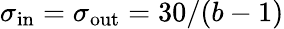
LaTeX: \sigma_{\mathrm{in}}=\sigma_{\mathrm{out}}=30/(b-1)